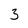
Character: 3